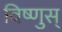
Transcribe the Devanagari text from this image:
विष्णुस्